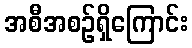
အစီအစဉ်ရှိကြောင်း